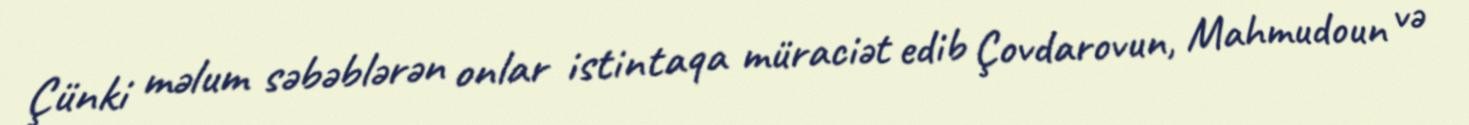
Çünki məlum səbəblərən onlar istintaqa müraciət edib Çovdarovun, Mahmudoun və